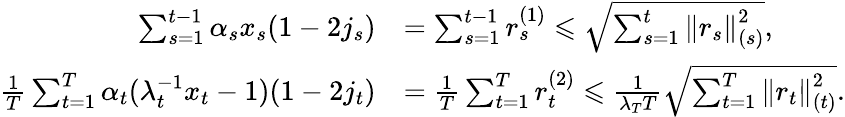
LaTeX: \begin{array}{rl}{\sum_{s=1}^{t-1}\alpha_{s}x_{s}(1-2j_{s})}&{=\sum_{s=1}^{t-1}r_{s}^{(1)}\leqslant\sqrt{\sum_{s=1}^{t}\left\| r_{s}\right\| _{(s)}^{2}},}\\ {\frac{1}{T}\sum_{t=1}^{T}\alpha_{t}(\lambda_{t}^{-1}x_{t}-1)(1-2j_{t})}&{=\frac{1}{T}\sum_{t=1}^{T}r_{t}^{(2)}\leqslant\frac{1}{\lambda_{T}T}\sqrt{\sum_{t=1}^{T}\left\| r_{t}\right\| _{(t)}^{2}}.}\end{array}